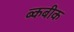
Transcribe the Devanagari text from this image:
ब्कबीक